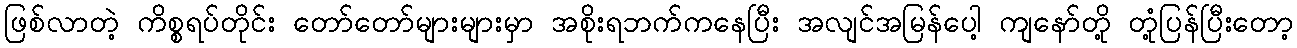
ဖြစ်လာတဲ့ ကိစ္စရပ်တိုင်း တော်တော်များများမှာ အစိုးရဘက်ကနေပြီး အလျင်အမြန်ပေါ့ ကျနော်တို့ တုံ့ပြန်ပြီးတော့